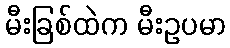
မီးခြစ်ထဲက မီးဥပမာ